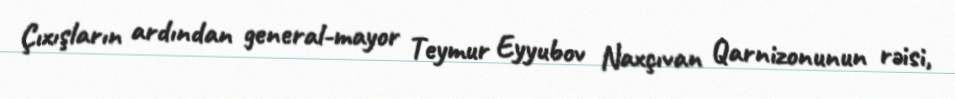
Çıxışların ardından general-mayor Teymur Eyyubov Naxçıvan Qarnizonunun rəisi,